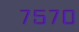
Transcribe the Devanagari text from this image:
७५७०